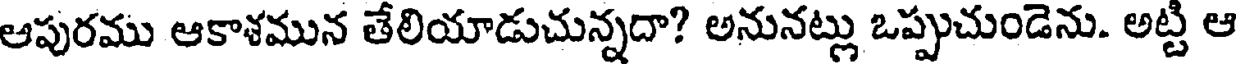
ఆపురము ఆకాళమున తేలియాడుచున్నదా? అనునట్లు ఒప్పుచుండెను. అట్టి ఆ